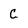
Character: C